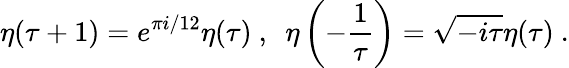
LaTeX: \eta(\tau+1)=e^{\pi i/12}\eta(\tau)~,~~\eta\left(-\frac{1}{\tau}\right)=\sqrt{-i\tau}\eta(\tau)~.